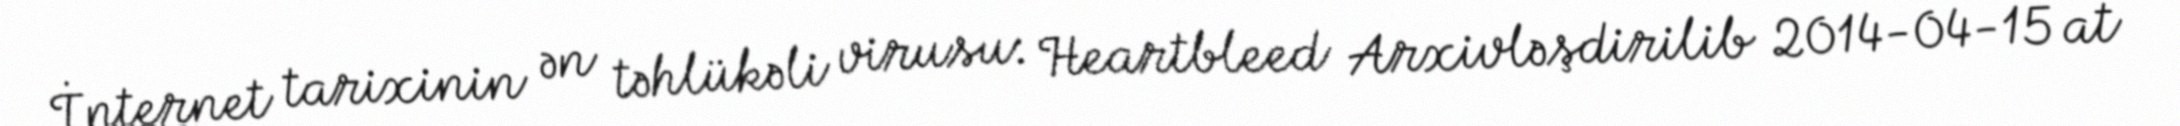
İnternet tarixinin ən təhlükəli virusu: Heartbleed Arxivləşdirilib 2014-04-15 at